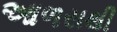
આળસથી